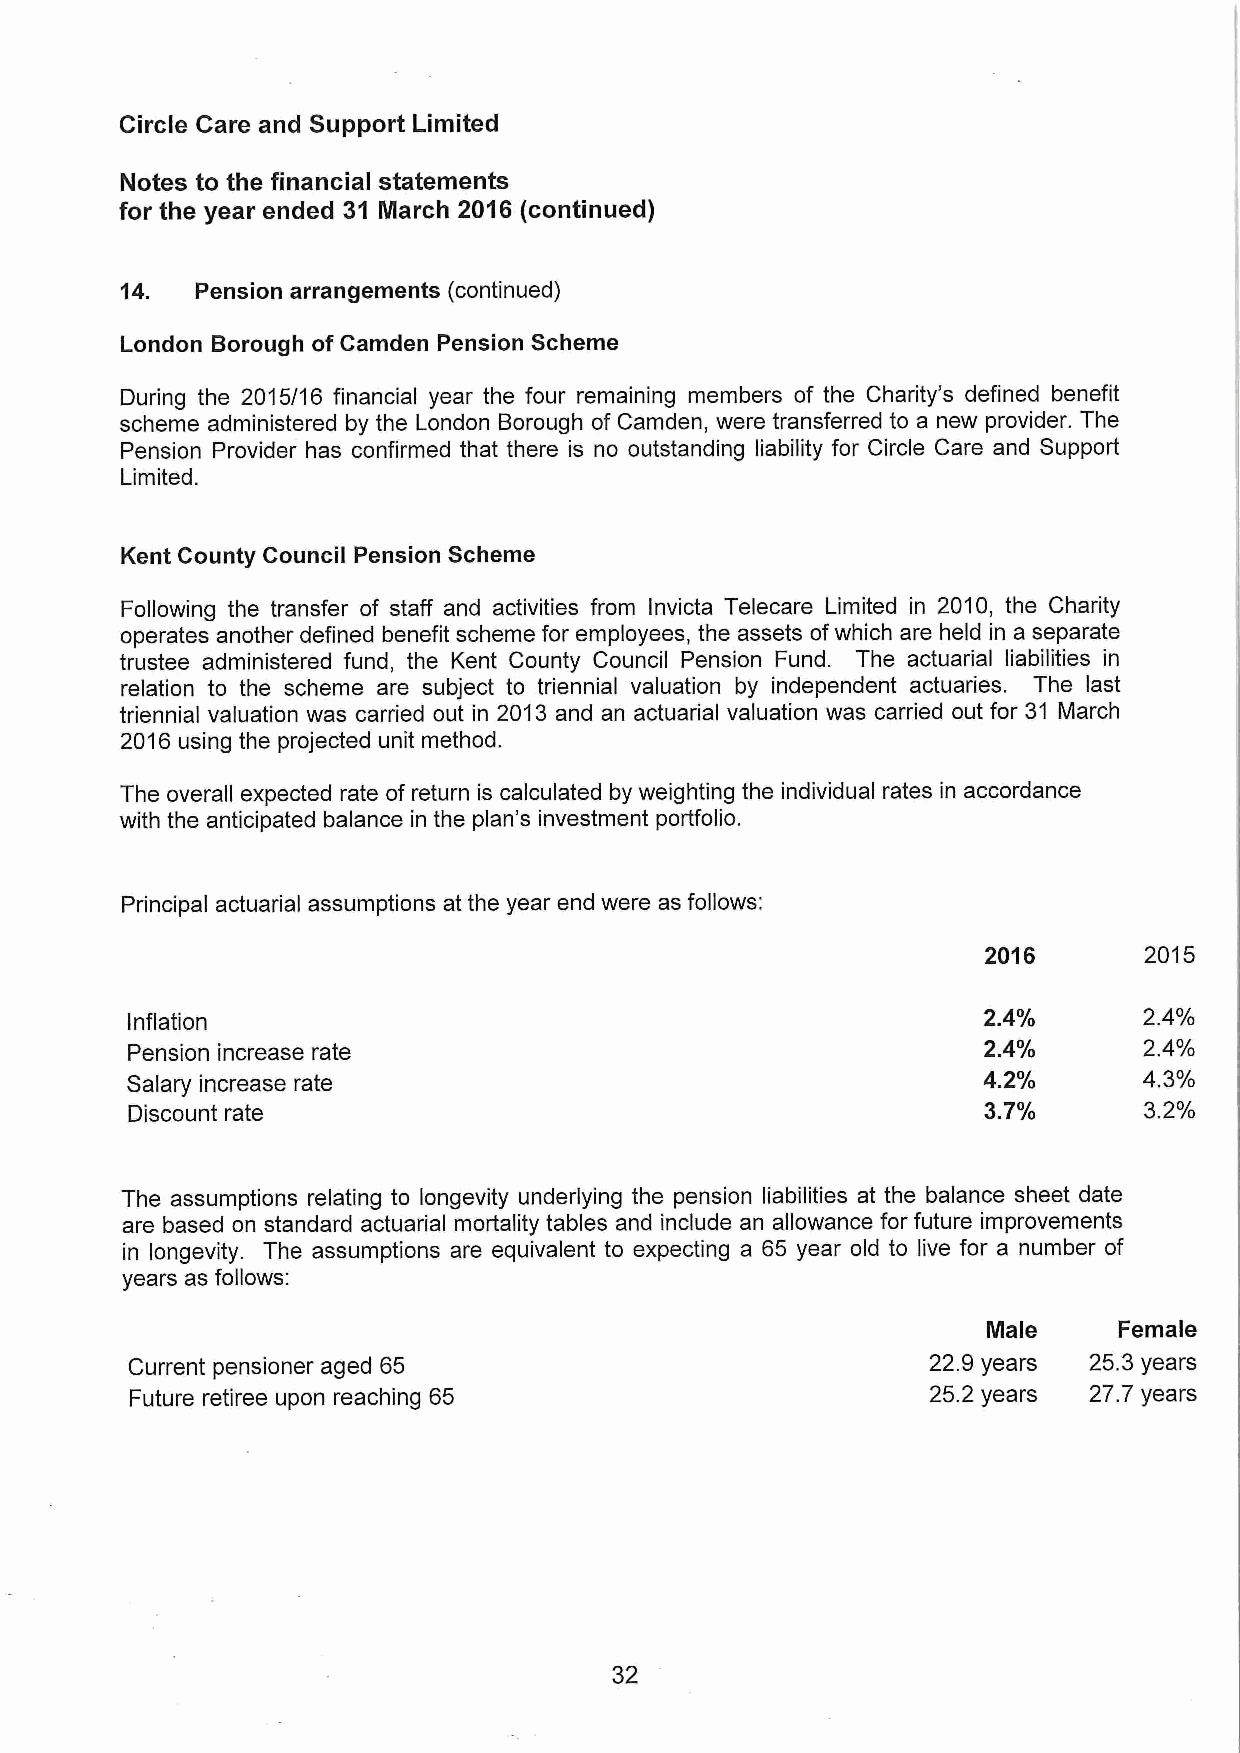
Circle Care and Support Limited
 Notes to the financial statements
 for the year ended 31 IIarch 2016 (continued)
 14.  Pension arrangements (continued)
 London Borough of Camden Pension Scheme
 During the 2015/16 financial year the four remaining members of the Charity's defined benefit
 scheme administered by the London Borough of Camden, were transferred to a new provider. The
 Pension Provider has confirmed that there is no outstanding liability for Circle Care and Support
 Limited.
 Kent County Council Pension Scheme
 Following the transfer of staff and activities from Invicta Telecare Limited In 2010, the Charity
 operates another defined benefit scheme for employees, the assets ofwhich are held in a separate
 trustee administered fund, the Kent County Council Pension Fund. The actuarial liabilities in
 relation to the scheme are subject to triennial valuation by independent actuaries. The last
 triennial valuation was carried out in 2013 and an actuarial valuation was carried out for 31 March
 2016 using the projected unit method.
 The overall expected rate of return is calculated by weighting the individual rates in accordance
 with the anticipated balance in the plan's investment portfolio.
 Principal actuarial assumptions at the year end were as follows:
 2016       2015
 Inflation
 2.4'/0     2.4'/o
 Pension increase rate                                    2.4'/0     2.4'/o
 Salary increase rate                                     4.2'/0     4.3'/o
 Discount rate                                            3.7'/0     3.2'/o
 The assumptions relating to longevity underlying the pension liabilities at the balance sheet date
 are based on standard actuarial mortality tables and include an allowance for future improvements
 in longevity. The assumptions are equivalent to expecting a 65 year old to live for a number of
 years as follows:
 Male     Female
 Current pensioner aged 65                            22.9years 25.3years
 Future retiree upon reaching 65                      25.2 years 27.7 years
 32